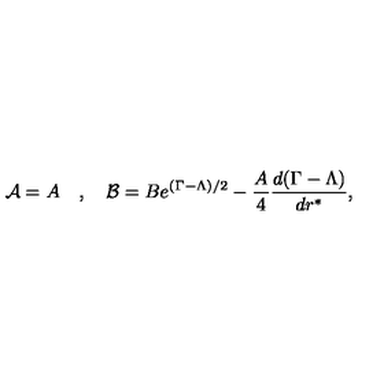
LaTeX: { \cal { A } } = A \quad , \quad { \cal { B } } = B e ^ { ( \Gamma - \Lambda ) / 2 } - \frac { A } { 4 } \frac { d ( \Gamma - \Lambda ) } { d r ^ { * } } ,